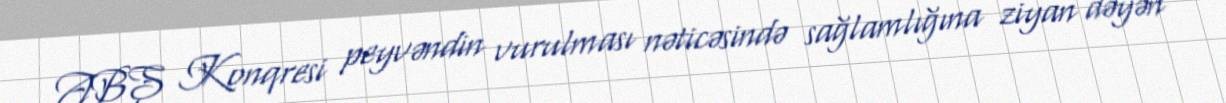
ABŞ Konqresi peyvəndin vurulması nəticəsində sağlamlığına ziyan dəyən